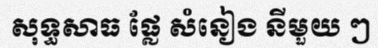
សុទ្ធសាធ ផ្លែ សំនៀង នីមួយ ៗ